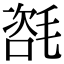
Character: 𣯃